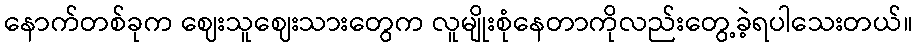
နောက်တစ်ခုက ဈေးသူဈေးသားတွေက လူမျိုးစုံနေတာကိုလည်းတွေ့ခဲ့ရပါသေးတယ်။